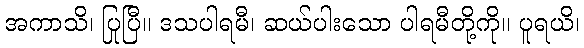
အကာသိ၊ ပြုပြီ။ ဒသပါရမီ၊ ဆယ်ပါးသော ပါရမီတို့ကို။ ပူရယိ၊